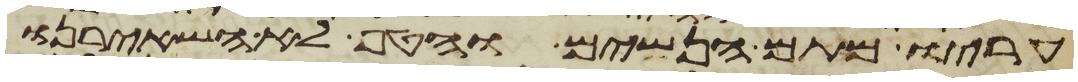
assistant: עריו מתם הנשים והטף לא השאירנו